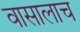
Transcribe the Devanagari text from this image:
वासालाच